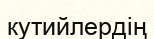
кутийлердің